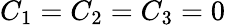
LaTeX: C_{1}=C_{2}=C_{3}=0